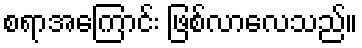
စရာအကြောင်း ဖြစ်လာလေသည်။